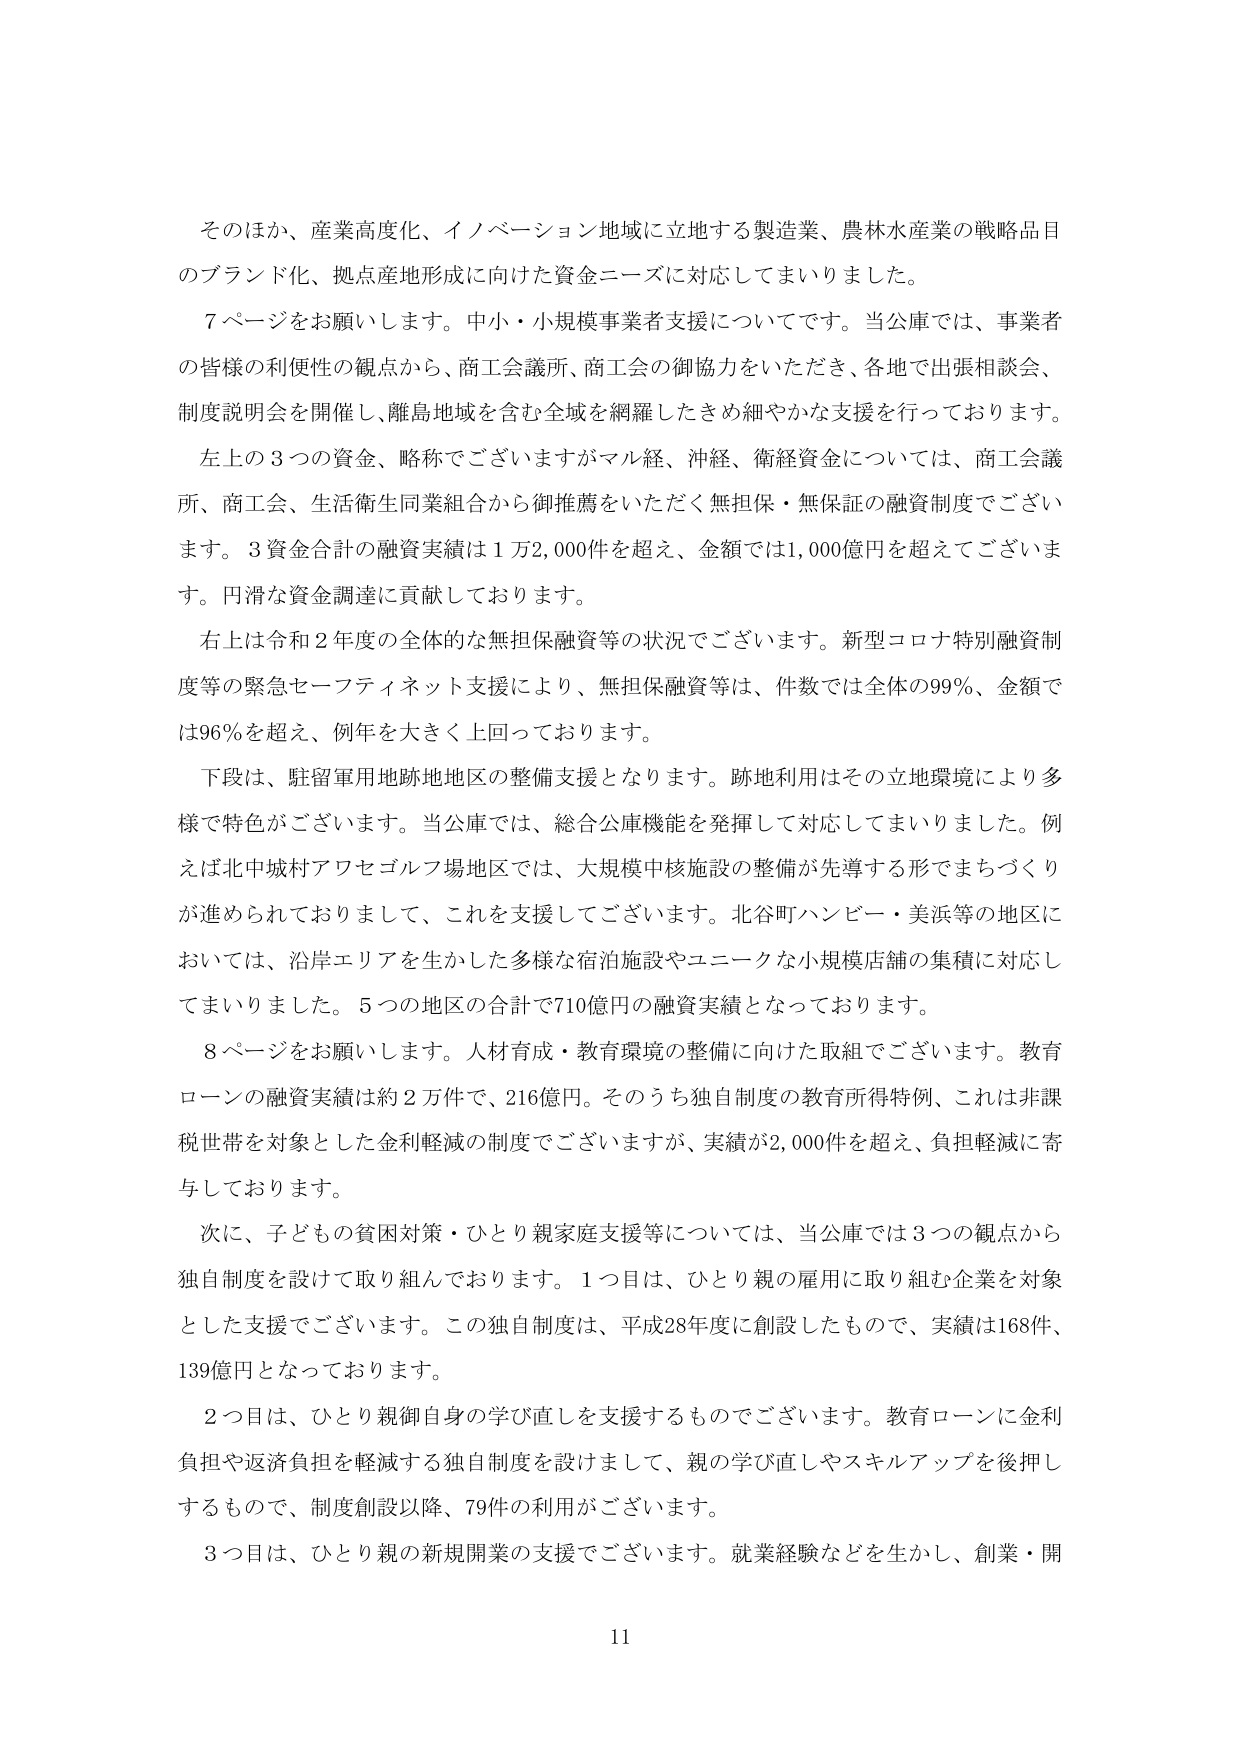
そのほか、産業高度化、イノベーション地域に立地する製造業、農林水産業の戦略品目のブランド化、拠点産地形成に向けた資金ニーズに対応してまいりました。

７ページをお願いします。中小・小規模事業者支援についてです。当公庫では、事業者の皆様の利便性の観点から、商工会議所、商工会の御協力をいただき、各地で出張相談会、制度説明会を開催し、離島地域を含む全域を網羅したきめ細やかな支援を行っております。

左上の３つの資金、略称でございますがマル経、沖経、衛経資金については、商工会議所、商工会、生活衛生同業組合から御推薦をいただく無担保・無保証の融資制度でございます。３資金合計の融資実績は１万2,000件を超え、金額では1,000億円を超えてございます。円滑な資金調達に貢献しております。

右上は令和２年度の全体的な無担保融資等の状況でございます。新型コロナ特別融資制度等の緊急セーフティネット支援により、無担保融資等は、件数では全体の99％、金額では96％を超え、例年を大きく上回っております。

下段は、駐留軍用地跡地地区の整備支援となります。跡地利用はその立地環境により多様で特色がございます。当公庫では、総合公庫機能を発揮して対応してまいりました。例えば北中城村アワセゴルフ場地区では、大規模中核施設の整備が先導する形でまちづくりが進められておりまして、これを支援しております。北谷町ハンビー・美浜等の地区においては、沿岸エリアを生かした多様な宿泊施設やユニークな小規模店舗の集積に対応してまいりました。５つの地区の合計で710億円の融資実績となっております。

８ページをお願いします。人材育成・教育環境の整備に向けた取組でございます。教育ローンの融資実績は約２万件で、216億円。そのうち独自制度の教育所得特例、これは非課税世帯を対象とした金利軽減の制度でございますが、実績が2,000件を超え、負担軽減に寄与しております。

次に、子どもの貧困対策・ひとり親家庭支援等については、当公庫では３つの観点から独自制度を設けて取り組んでおります。１つ目は、ひとり親の雇用に取り組む企業を対象とした支援でございます。この独自制度は、平成28年度に創設したもので、実績は168件、139億円となっております。

２つ目は、ひとり親御自身の学び直しを支援するものでございます。教育ローンに金利負担や返済負担を軽減する独自制度を設けまして、親の学び直しやスキルアップを後押しするもので、制度創設以降、79件の利用がございます。

３つ目は、ひとり親の新規開業の支援でございます。就業経験などを生かし、創業・開

11